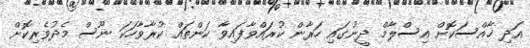
އަދި ޚާއްސަކޮށް އިސްލާމް ދީނުގައި ހަރާން ކުރައްވާފައިވާ ކަންތައް ކުރާވާހަކަ ނޫސް މެދުވެރިކޮށް